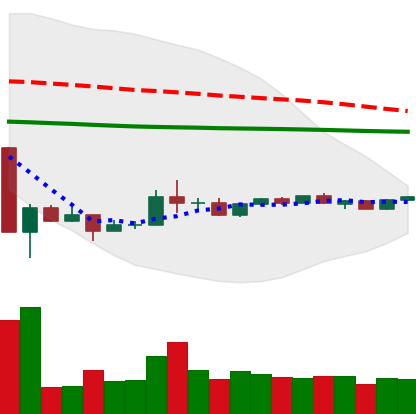
Ticker: ADA-USD
Chart end date: 2020-03-31
Forward return: 4.746%
Label: up_3_5